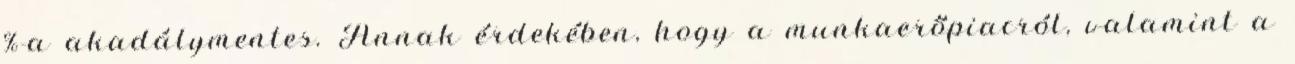
%-a akadálymentes. Annak érdekében, hogy a munkaerőpiacról, valamint a